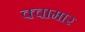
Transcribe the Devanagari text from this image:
क्वामार